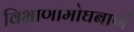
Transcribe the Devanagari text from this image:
विभ्राणामोघबाणं